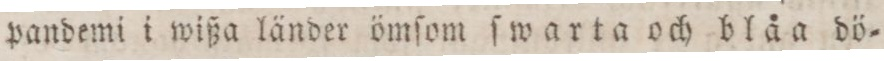
pandemi i wißa länder ömſom ſwarta och blåa dö=